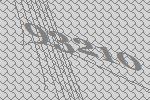
93210